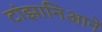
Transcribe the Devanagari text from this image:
टांझानिआने